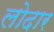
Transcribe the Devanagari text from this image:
लोदार